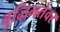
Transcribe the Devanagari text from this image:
बुद्धिमतेवर